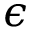
\epsilon